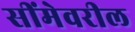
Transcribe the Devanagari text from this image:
सींमेवरील